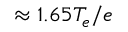
\approx 1 . 6 5 T _ { e } / e